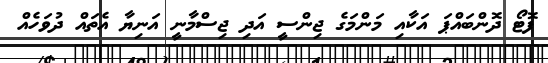
ފޮޓޯ ދޮންބައްޕަ އަކާއި މަންމަގެ ޖިންސީ އަދި ޖިސްމާނީ އަނިޔާ އެތައް ދުވަހެއް